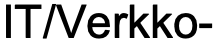
IT/Verkko-